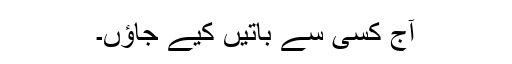
آج کسی سے باتیں کیے جاؤں۔